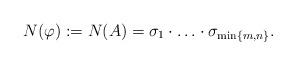
LaTeX: \begin{align*} N(\varphi) := N(A) = \sigma_1 \cdot \ldots \cdot \sigma_{{\min\{m, n\}}}.\end{align*}